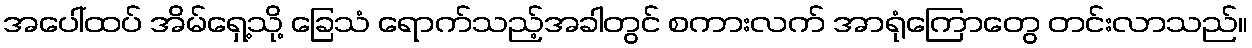
အပေါ်ထပ် အိမ်ရှေ့သို့ ခြေသံ ရောက်သည့်အခါတွင် စကားလက် အာရုံကြောတွေ တင်းလာသည်။